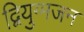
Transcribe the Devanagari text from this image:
द्वियुग्मजन